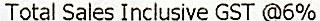
TOTAL SALES INCLUSIVE GST @6%